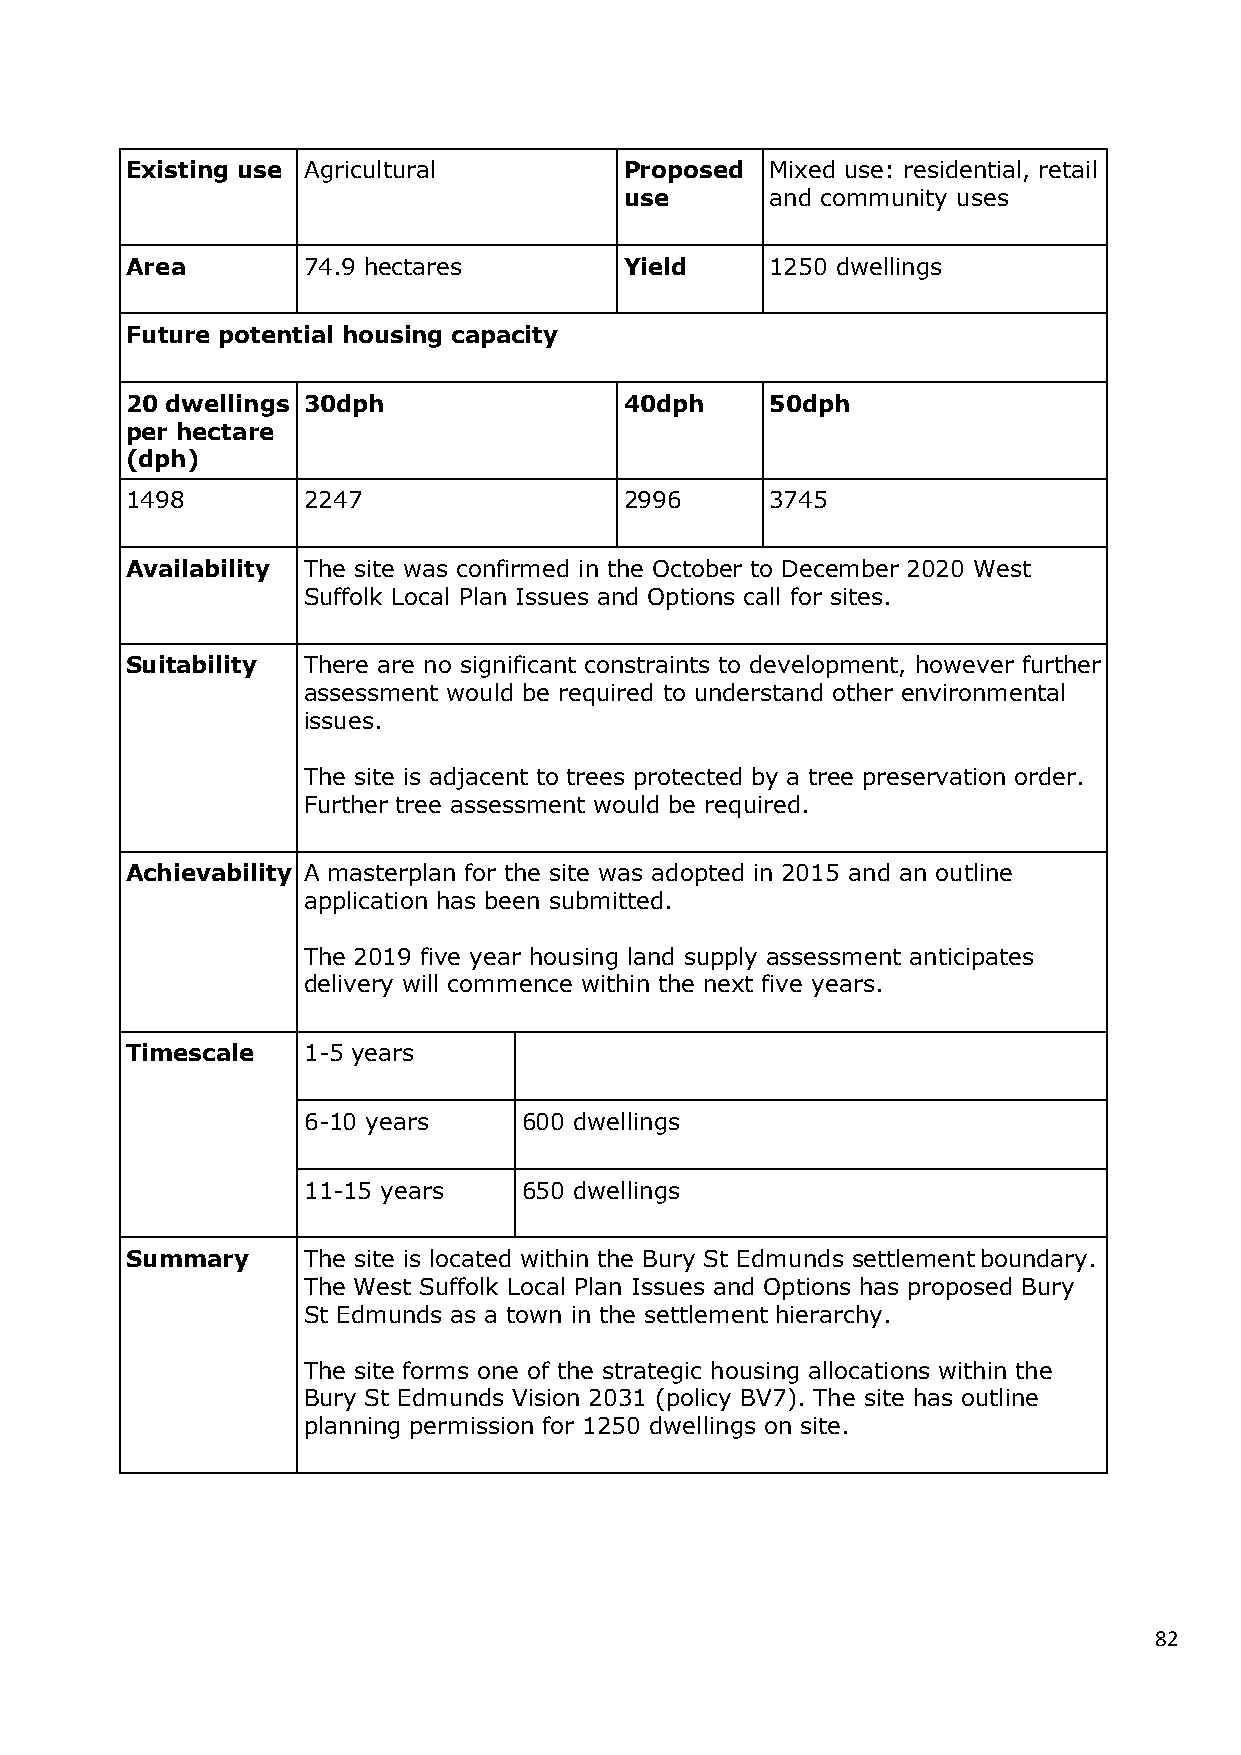
Existing use Agricultural        Proposed  Mixed use: residential, retail
 use       and community uses
 Area        74.9 hectares        Yield     1250 dwellings
 Future potential housing capacity
 20 dwellings 30dph               40dph     50dph
 per hectare
 (dph)
 1498        2247                 2996      3745
 Availability The site was confirmed in the October to December 2020 West
 Suffolk Local Plan Issues and Options call for sites.
 Suitability There are no significant constraints to development, however further
 assessment would be required to understand other environmental
 issues.
 The site is adjacent to trees protected by a tree preservation order.
 Further tree assessment would be required.
 Achievability A masterplan for the site was adopted in 2015 and an outline
 application has been submitted.
 The 2019 five year housing land supply assessment anticipates
 delivery will commence within the next five years.
 Timescale   1-5 years
 6-10 years     600 dwellings
 11-15 years    650 dwellings
 Summary     The site is located within the Bury St Edmunds settlement boundary.
 The West Suffolk Local Plan Issues and Options has proposed Bury
 St Edmunds as a town in the settlement hierarchy.
 The site forms one of the strategic housing allocations within the
 Bury St Edmunds Vision 2031 (policy BV7). The site has outline
 planning permission for 1250 dwellings on site.
 82